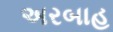
અરબાહ